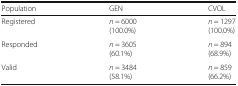
<table><thead><tr><td><b>Population</b></td><td><b>GEN</b></td><td><b>CVOL</b></td></tr></thead><tbody><tr><td>Registered</td><td><i>n</i> = 6000(100.0%)</td><td><i>n</i> = 1297(100.0%)</td></tr><tr><td>Responded</td><td><i>n</i> = 3605(60.1%)</td><td><i>n</i> = 894(68.9%)</td></tr><tr><td>Valid</td><td><i>n</i> = 3484(58.1%)</td><td><i>n</i> = 859(66.2%)</td></tr></tbody></table>